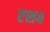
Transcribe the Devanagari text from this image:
एस४